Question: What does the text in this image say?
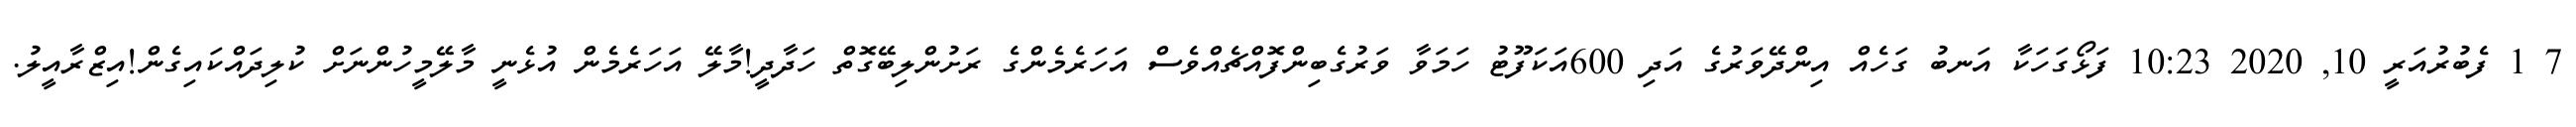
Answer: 7 1 ފެބުރުއަރީ 10, 2020 10:23 ފަޅޯގަހަކާ އަނބު ގަހެއް އިންދޭވަރުގެ އަދި 600އަކަފޫޓު ހަމަވާ ވަރުގެބިންފޮއްޗެއްވެސް އަހަރެމެންގެ ރަށުންލިބޭގޮތް ހަދާދީ!މާލޭ އަހަރެމެން އުޅެނީ މާލޭމީހުންނަށް ކުލިދައްކައިގެން!އިޒްރާއީލު.